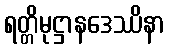
ရတ္တိမုဋ္ဌာနဒေဿိနာ